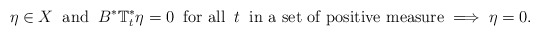
\begin{align*}\eta\in X\;\;\mbox{\rm and}\;\;B^*\mathbb{T}_t^* \eta=0\;\;\mbox{\rm for all}\;\;t\;\;\mbox{\rm in a set of positive measure}\;\Longrightarrow \;\eta=0.\end{align*}